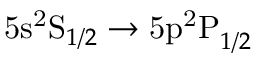
\mathrm { 5 s ^ { 2 } S } _ { 1 / 2 } \rightarrow \mathrm { 5 p ^ { 2 } P } _ { 1 / 2 }